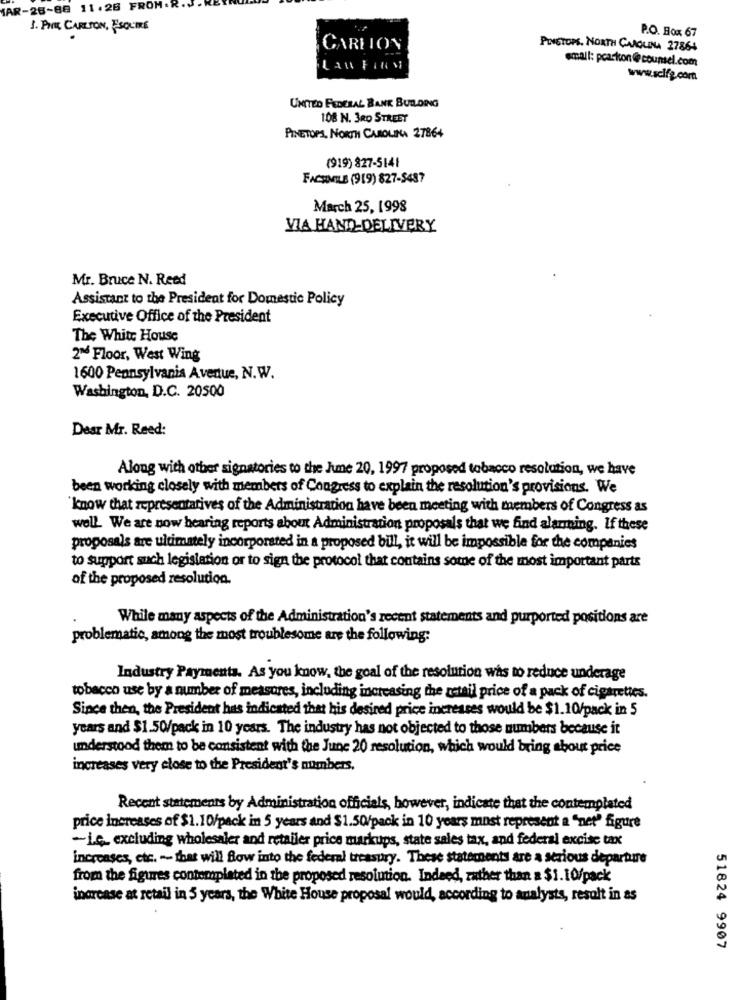
SAR-28-88 11.26 FROM
1. PITE CARLTON, ESQUIRE
P.O. Box 67
CARLTON
POISTOPS, NORTH CAROLINA 27864
small: pcarton @ counsel.com
Las Falls
www.scifg.com
UNITED FEDERAL BANK BUDDING
108 N. 3RD STREET
PINETOPS, NORTH CAROLINA 27864
(919) 827-5141
FACSIMILE (919) 827-5437
March 25, 1998
VIA HAND-DELIVERY
Mr. Bruce N. Reed
Assistant to the President for Domestic Policy
Executive Office of the President
The White House
2nd Floor, West Wing
1600 Pennsylvania Avenue, N.W.
Washington, D.C. 20500
Dear Mr. Reed:
Along with other signatories to the Jume 20, 1997 proposed tobacco resolution, we have
been working closely with members of Congress to explain the resolution's provisions. We
'know that representatives of the Administration have been meeting with members of Congress as
well. We are now hearing reports about Administration proposals that we find alarming. If these
proposals are ultimately incorporated in a proposed bull, it will be impossible for the companies
to support such legislation or to sign the protocol that contains some of the most important parts
of the proposed resolution.
While many aspects of the Administration's recent statements and purported positions are
problematic, among the most troublesome are the following:
Industry Payments. As you know, the goal of the resolution was to reduce underage
tobacco use by a number of measures, including increasing the retail price of a pack of cigarettes.
Since then, the President has indicated that his desired price increases would be $1.10/pack in 5
years and $1.50/pack in 10 years. The industry has not objected to those numbers because it
understood them to be consistent with the June 20 resolution, which would bring about price
increases very close to the President's numbers,
Recent statements by Administration officials, however, indicate that the contemplated
price increases of $1.10/pack in 5 years and $1.50/pack in 10 years most represent a "net' figure
-i.c. excluding wholesaler and retailer price markups, state sales tax, and federal excise tax
increases, etc. -- that will Blow into the federal treasury. These statements are a serious departure
from the figures contemplated in the proposed resolution. Indeed, rather than a $1.10/pack
increase at retail in 3 years, the White House proposal would, according to analysts, result in as
51824 9907